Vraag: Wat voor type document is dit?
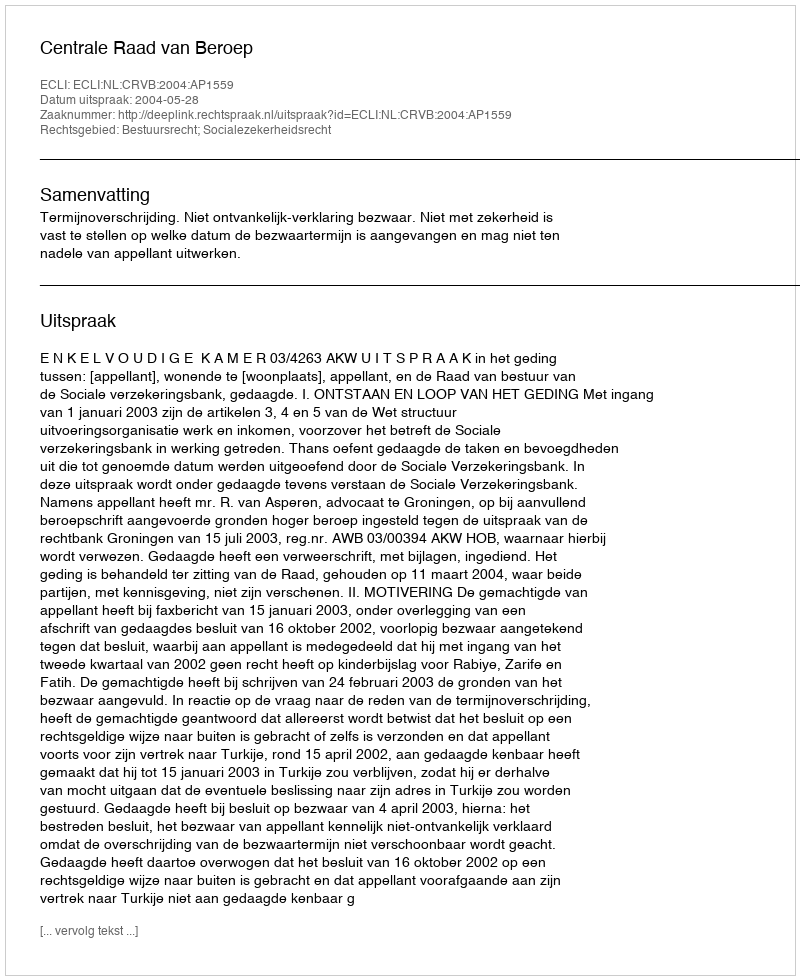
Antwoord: Uitspraak